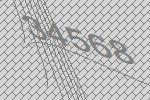
34568